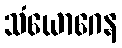
သံယောဂေန